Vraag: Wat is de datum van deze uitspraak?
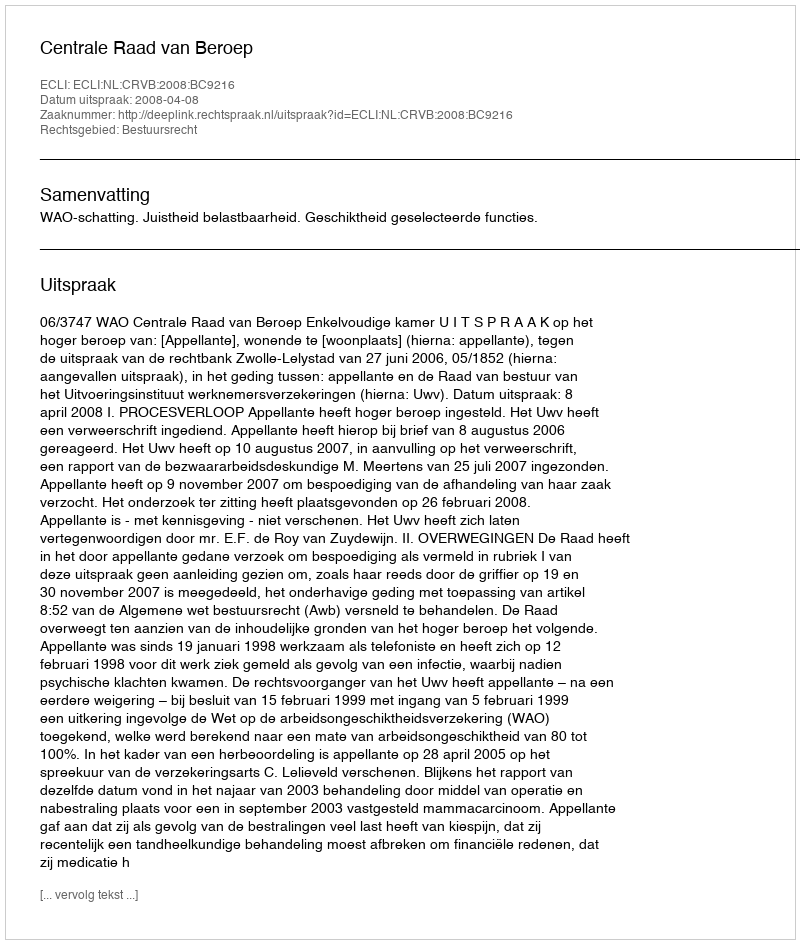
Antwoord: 2008-04-08